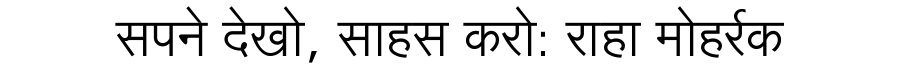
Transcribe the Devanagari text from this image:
सपने देखो, साहस करो: राहा मोहर्रक